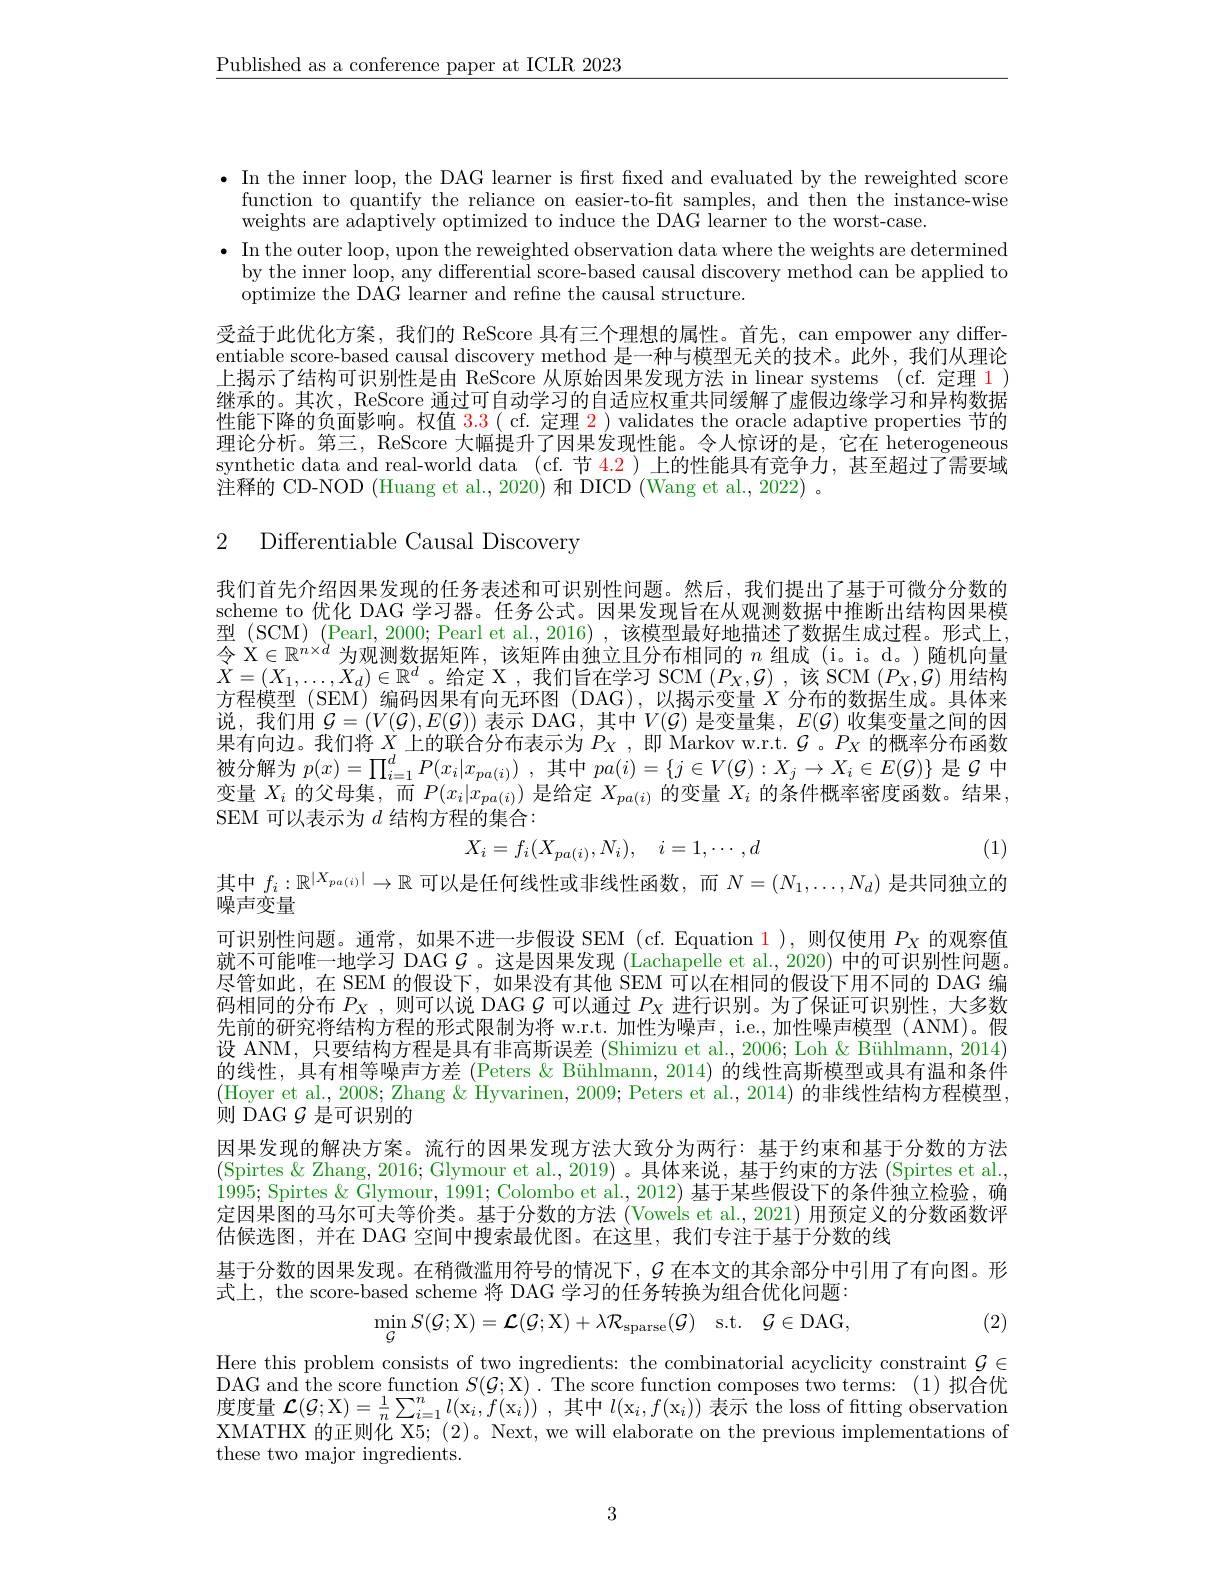
$\underline{\text{Published as a conference paper at ICLR 2023}}$

$\bullet$ In the inner loop, the DAG learner is first fixed and evaluated by the reweighted score
function to quantify the reliance on easier-to-fit samples, and then the instance-wise
weights are adaptively optimized to induce the DAG learner to the worst-case.
$\bullet$ In the outer loop, upon the reweighted observation data where the weights are determined by the inner loop, any differential score-based causal discovery method can be applied to optimize the DAG learner and refine the causal structure.

受益于此优化方案，我们的 ReScore 具有三个理想的属性。首先，can empower any differentiable score-based causal discovery method 是一种与模型无关的技术。此外，我们从理论上揭示了结构可识别性是由 ReScore 从原始因果发现方法 in linear systems (cf. 定理 1) 继承的。其次，ReScore 通过可自动学习的自适应权重共同缓解了虚假边缘学习和异构数据性能下降的负面影响。权值$\color{red}{3.3(\mathrm{~cf.~定理~2~)~validates~the~oracle~adaptive~properties~节的}}$ 理论分析。第三，ReScore 大幅提升了因果发现性能。令人惊讶的是，它在 heterogeneou synthetic data and real-world data (cf.节$\color{red}{4.2})$上的性能具有竞争力，甚至超过了需要域注释的 CD-NOD (Huang et al., 2020) 和 DICD (Wang et al., 2022) 。

2 Differentiable Causal Discovery

我们首先介绍因果发现的任务表述和可识别性问题。然后，我们提出了基于可微分分数的scheme to 优化 DAG 学习器。任务公式。因果发现旨在从观测数据中推断出结构因果模型 (SCM) (Pearl, 2000; Pearl et al., 2016) , 该模型最好地描述了数据生成过程。形式上， $\begin{array}{ll}\text{令 X\in\mathbb{R}}^{n\times d}&\text{为观测数据矩阵，该矩阵由独立且分布相同的 }n\text{ 组成 (i。i。d。)随机向量}\\\text{令 X}\in\mathbb{R}^{n\times d}&\text{为观测数据矩阵，该矩阵由独立且分布相同的 }n\text{ 组成 (i。i。d。)随机向量}\\\text{ Y }&\text{ Y }\\&\text{ Y }\\&\text{ Y }\\&\text{ Y }\\&\text{ Y }\\&\text{ Y }\\&\text{ Y }\\&\text{ Y }\\&\text{ Y }\\&\text{ Y }\\&\text{ Y }\\&\text{ Y }\\&\text{ Y }\\&\text{ Y }\\&\text{ Y}\\&\:\\&\text{ Y }\\&\text{ Y }\\$ $\begin{aligned}\dot{X}=(X_1,\ldots,X_d)\in\mathbb{R}^d\text{。给定 X , 我们旨在学习 SCM }(P_X,\mathcal{G})\mathrm{~,~}\text{该 SCM }(P_X,\mathcal{G})\text{ 用结构}\end{aligned}$ 方程模型(SEM)编码因果有向无环图(DAG),以揭示变量$X$分布的数据生成。具体来说，我们用$\mathcal{G}=(V(\mathcal{G}),E(\mathcal{G}))$表示 DAG,其中$V(\mathcal{G})$是变量集，$E(\mathcal{G})$收集变量之间的因果有向边。我们将$X_j$上的联合分布表示为$P_X$,即 Markov w.r.t. $\mathcal{G}$ 。$P_X$的概率分布函数被分解为$p( x) = \prod _{i= 1}^dP( x_i| x_{pa( i) })$ ,其中$pa(i)=\{j\in V(\mathcal{G}):X_j\to X_i\in E(\mathcal{G})\}$是$\mathcal{G}$中变量$X_i$的父母集，而$P(x_i|x_{pa(i)})$是给定$X_pa(i)$的变量$X_i$的条件概率密度函数。结果， SEM 可以表示为$d$结构方程的集合：
$$X_{i}=f_{i}(X_{pa(i)},N_{i}),\quad i=1,\cdots,d$$
(1)

其中$f_i:\mathbb{R}^{|X_{pa(i)}|}\to\mathbb{R}$可以是任何线性或非线性函数，而$N=(N_1,\ldots,N_d)$是共同独立的
噪声变量
可识别性问题。通常，如果不进一步假设 SEM (cf. Equation 1),则仅使用$P_X$的观察值就不可能唯一地学习 DAG $\mathcal{G}$ 。这是因果发现 (Lachapelle et al., 2020) 中的可识别性问题。尽管如此，在 SEM 的假设下，如果没有其他 SEM 可以在相同的假设下用不同的 DAG 编码相同的分布$P_X$ ,则可以说 DAG $\mathcal{G}$可以通过$P_X$进行识别。为了保证可识别性，大多数先前的研究将结构方程的形式限制为将 w.r.t. 加性为噪声，i.e.,加性噪声模型 (ANM)。假设 ANM, 只要结构方程是具有非高斯误差 (Shimizu et al., 2006; Loh & Bühlmann, 2014) 的线性，具有相等噪声方差 (Peters & Bühlmann, 2014) 的线性高斯模型或具有温和条件(Hoyer et al., 2008; Zhang & Hyvarinen, 2009; Peters et al., 2014) 的非线性结构方程模型， 则 DAG $\mathcal{G}$是可识别的
因果发现的解决方案。流行的因果发现方法大致分为两行：基于约束和基于分数的方法(Spirtes & Zhang, 2016; Glymour et al., 2019) 。具体来说，基于约束的方法 (Spirtes et al. 1995; Spirtes & Glymour, 1991; Colombo et al., 2012) 基于某些假设下的条件独立检验，确定因果图的马尔可夫等价类。基于分数的方法 (Vowels et al., 2021) 用预定义的分数函数评估候选图，并在 DAG 空间中搜索最优图。在这里，我们专注于基于分数的线
基于分数的因果发现。在稍微滥用符号的情况下，$\mathcal{G}$在本文的其余部分中引用了有向图。形
式上，the score-based scheme 将 DAG 学习的任务转换为组合优化问题：
$$\min_{\mathcal{G}}S(\mathcal{G};\mathrm{X})=\mathcal{L}(\mathcal{G};\mathrm{X})+\lambda\mathcal{R}_{\mathrm{sparse}}(\mathcal{G})\quad\mathrm{s.t.}\quad\mathcal{G}\in\mathrm{DAG},$$
(2)

Here this problem consists of two ingredients: the combinatorial acyclicity constraint $\mathcal{G}\in$ DAG and the score function $S( \mathcal{G} ; \mathcal{X} ) .$The score function composes two terms:(1)拟合优度度量$\mathcal{L} ( \mathcal{G} ; \mathcal{X} ) = \frac 1n\sum _{i= 1}^{n}l( \mathrm{x} _{i}, f( \mathrm{x} _{i}) )$ ,其中$l(\mathrm x_{i},f(\mathrm x_{i}))$表示 the loss of fitting observatior XMATHX 的正则化 X5; (2)。Next, we will elaborate on the previous implementations of these two major ingredients.

3